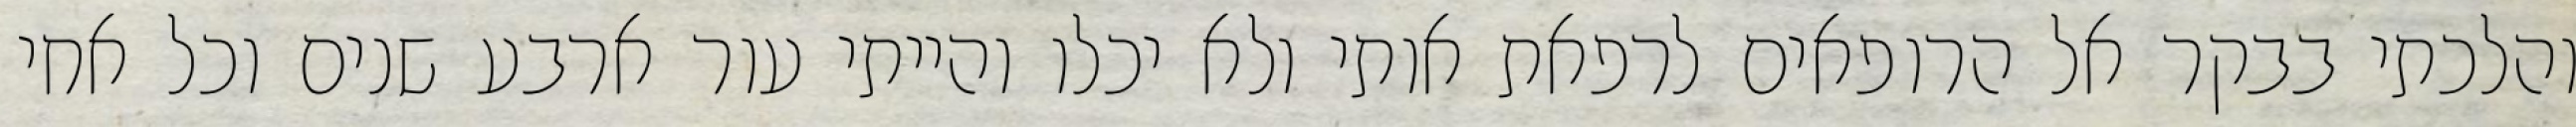
והלכתי בבקר אל הרופאים לרפאת אותי ולא יכלו והייתי עור ארבע שנים וכל אחי